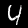
Label: 4